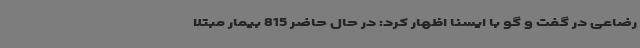
رضاعی در گفت و گو با ایسنا اظهار کرد: در حال حاضر 815 بیمار مبتلا